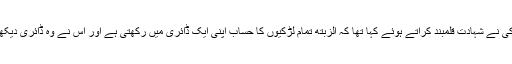
اس لڑکی نے شہادت قلمبند کراتے ہوئے کہا تھا کہ الزبتھ تمام لڑکیوں کا حساب اپنی ایک ڈائری میں رکھتی ہے اور اس نے وہ ڈائری دیکھی ہے۔